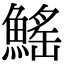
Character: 鰩